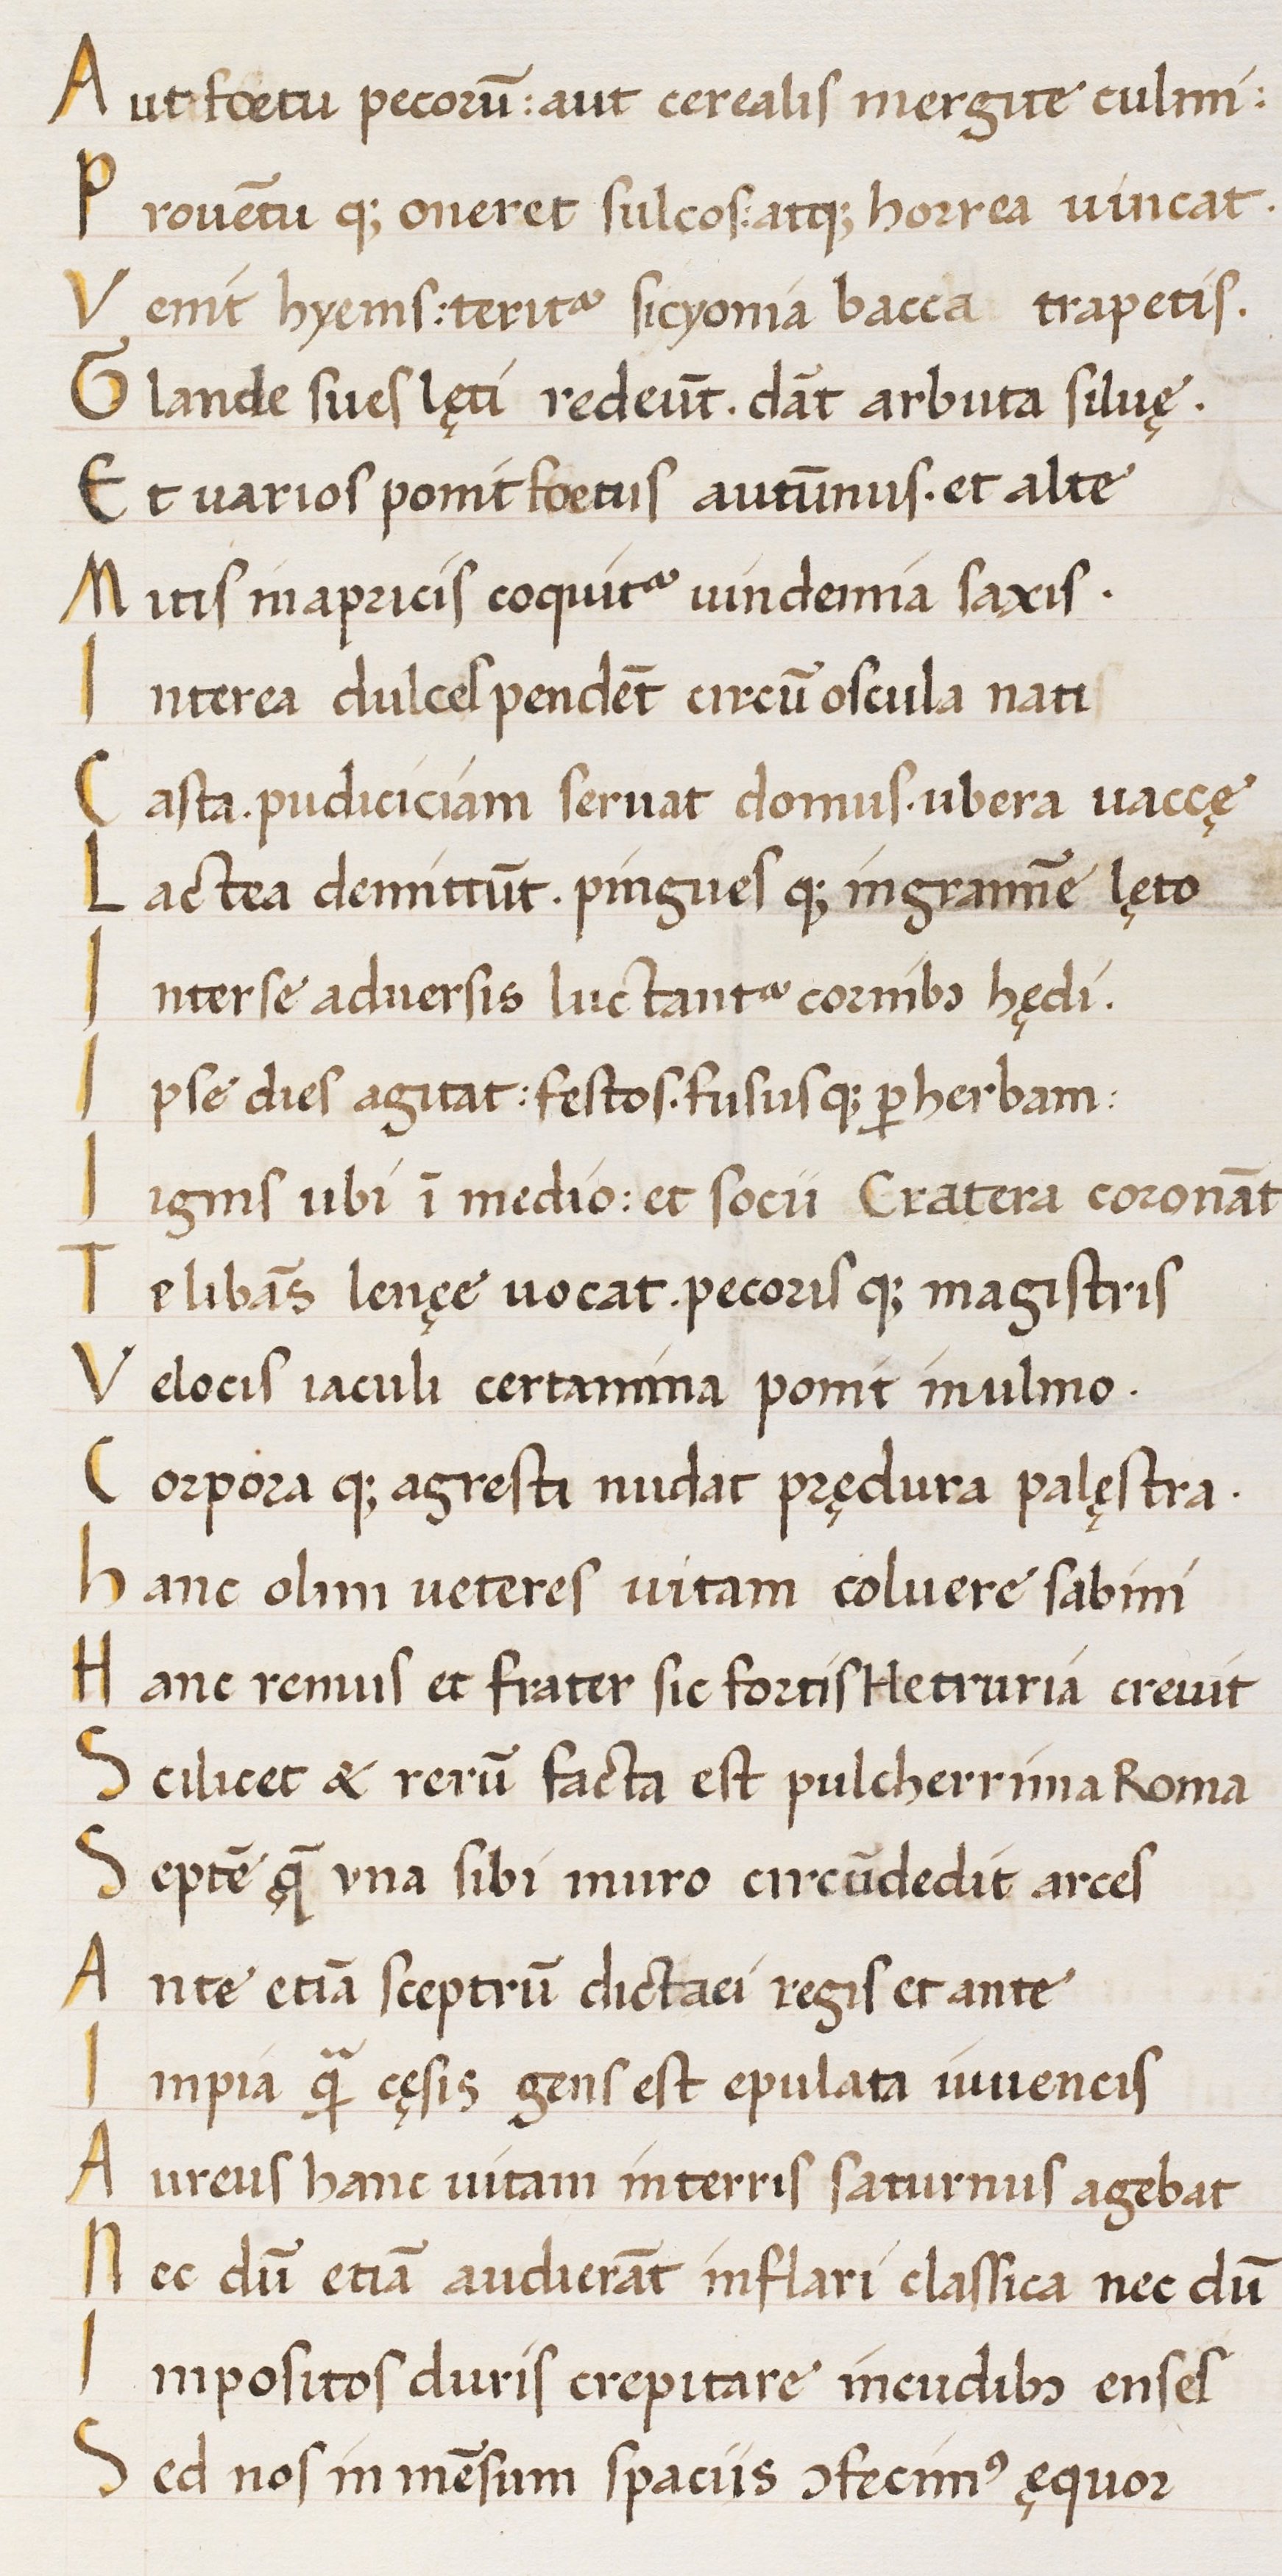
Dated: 1450–1474